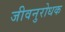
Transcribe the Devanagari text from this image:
जीवनुरोधक